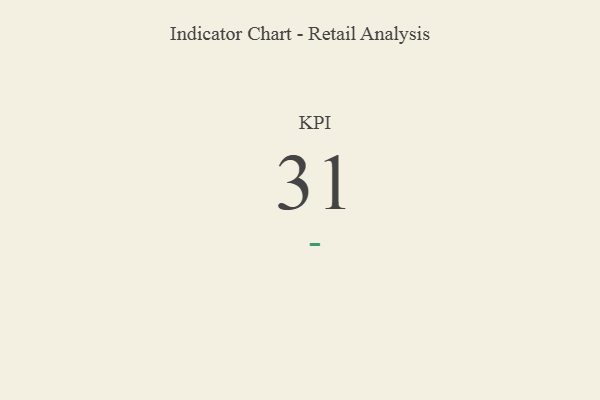
{"axis": {"x": "KPI", "y": "Value"}, "legend": [""], "data": [{"x": "KPI", "y": 31, "type": ""}]}